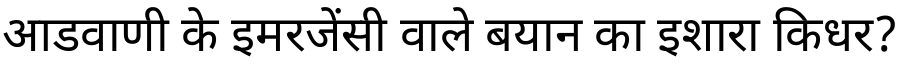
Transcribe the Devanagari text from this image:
आडवाणी के इमरजेंसी वाले बयान का इशारा किधर?